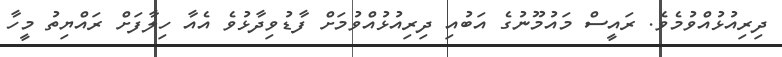
ދިރިއުޅުއްވުމެވެ. ރައީސް މައުމޫނުގެ އަބުއި ދިރިއުޅުއްވުމަށް ފާޑުވިދާޅުވެ އެއާ ހިލާފަށް ރައްޔިތު މީހާ